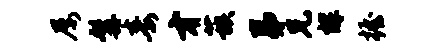
屡髯毒才蔟弟兄辉握